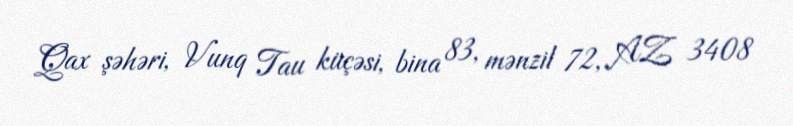
Qax şəhəri, Vunq Tau küçəsi, bina 83, mənzil 72, AZ 3408